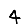
Digit: 4